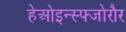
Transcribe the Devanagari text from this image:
हेओइन्स्फ्जोरौर